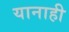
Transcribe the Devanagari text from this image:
यानाही